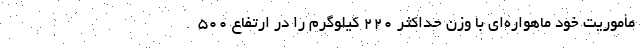
مأموریت خود ماهواره‌ای با وزن حداکثر ۲۲۰ کیلوگرم را در ارتفاع ۵۰۰